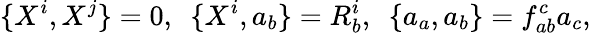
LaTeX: \{ X^{i},X^{j}\} =0,\, \, \, \{ X^{i},a_{b}\} =R_{b}^{i},\, \, \, \{ a_{a},a_{b}\} =f_{ab}^{c}a_{c},